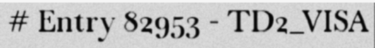
# Entry 82953 - TD2_VISA